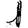
Digit: 1